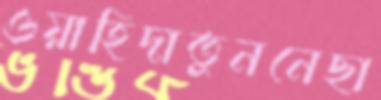
ওয়াহিদাতুননেছা